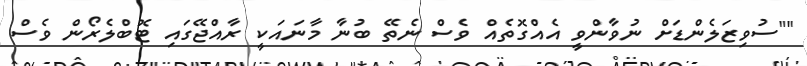
""ސުވިޒަލެންޑަށް ނުވާންވީ އެއްގޮތެއް ވެސް ނެތޭ ބުނާ މާނައަކީ ރާއްޖޭގައި ޓޮބްލެރޯން ވެސް